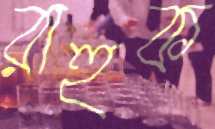
রাহুক